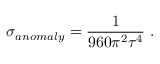
\sigma _ { a n o m a l y } = { \frac { 1 } { 9 6 0 \pi ^ { 2 } \tau ^ { 4 } } } \ .